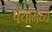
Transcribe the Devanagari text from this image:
पंथांमध्ये